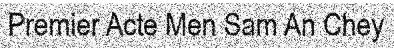
Premier Acte Men Sam An Chey